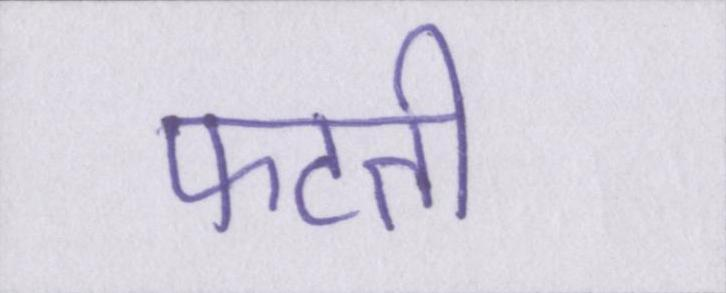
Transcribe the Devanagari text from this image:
फटती